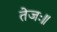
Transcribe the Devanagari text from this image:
तेजः॥